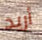
أريد